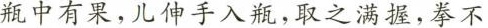
瓶中有果，儿伸手入瓶，取之满握，拳不